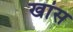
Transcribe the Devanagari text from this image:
खांस